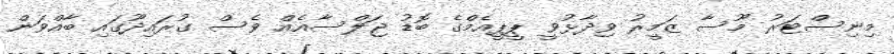
މިނިސްޓަރު މޫސާ ޒަމީރު ވިދާޅުވީ ޕީޕީއެމްގެ ބޮޑު ޖަލްސާއެއް ވެސް ގުރައިދޫގައި ބާއްވަން